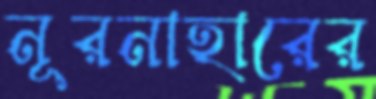
নূরনাহারের